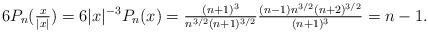
LaTeX: \begin{align*}6P_{n}(\tfrac{x}{|x|}) = 6|x|^{-3}P_{n}(x) = \tfrac{(n+1)^{3}}{n^{3/2}(n+1)^{3/2}}\tfrac{(n-1)n^{3/2}(n+2)^{3/2}}{(n+1)^{3}} = n-1.\end{align*}